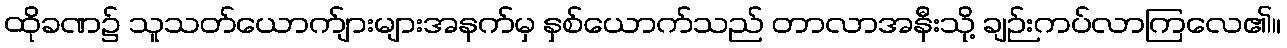
ထိုခဏ၌ သူသတ်ယောက်ျားများအနက်မှ နှစ်ယောက်သည် တာလာအနီးသို့ ချဉ်းကပ်လာကြလေ၏။